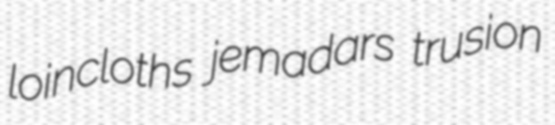
loincloths jemadars trusion